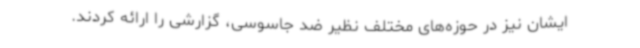
ایشان نیز در حوزه‌های مختلف نظیر ضد جاسوسی، گزارشی را ارائه کردند.